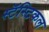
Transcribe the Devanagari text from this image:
स्टॅस्टिकल